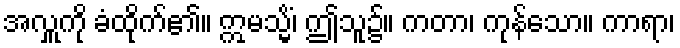
အလှူကို ခံထိုက်၏။ ဣမသ္မိံ၊ ဤသူ၌။ ကတာ၊ ကုန်သော။ ကာရာ၊